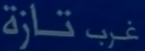
غَرْبٌ تاز